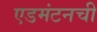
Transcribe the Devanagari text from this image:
एडमंटनची